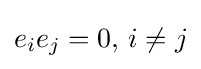
e_{i}e_{j}=0,\,i\neq j